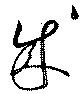
成